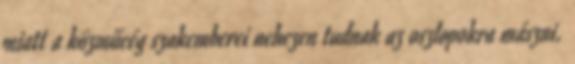
miatt a közműcég szakemberei nehezen tudnak az oszlopokra mászni.